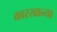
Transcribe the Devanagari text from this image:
कारखान्या